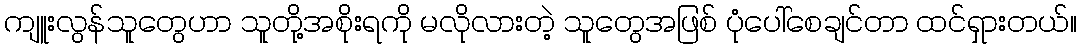
ကျူးလွန်သူတွေဟာ သူတို့အစိုးရကို မလိုလားတဲ့ သူတွေအဖြစ် ပုံပေါ်စေချင်တာ ထင်ရှားတယ်။